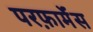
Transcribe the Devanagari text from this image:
परफ़ार्मेंस